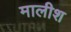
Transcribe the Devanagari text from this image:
मालीश